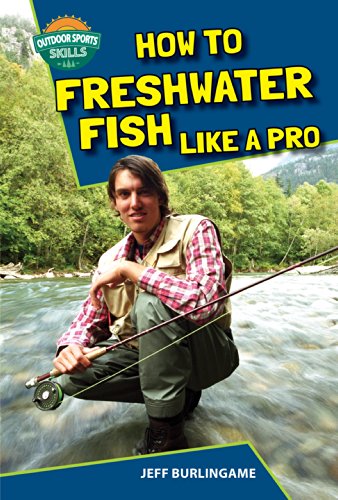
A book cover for How to Freshwater Fish Like a Pro (Outdoor Sports Skills); Jeff Burlingame; Teen & Young Adult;